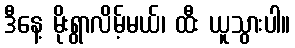
ဒီနေ့ မိုးရွာလိမ့်မယ်၊ ထီး ယူသွားပါ။